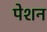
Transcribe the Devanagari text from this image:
पेशन